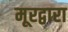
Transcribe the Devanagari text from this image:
मूरद्वारा